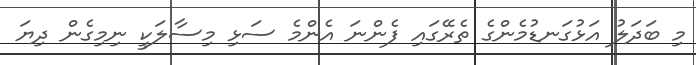
މި ބަދަލު އަޅުގަނޑުމެންގެ ތެރޭގައި ފެންނަ އެންމެ ސަޅި މިސާލަކީ ނިމިގެން ދިޔަ